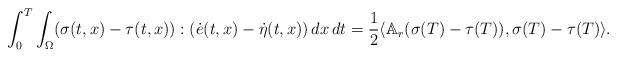
LaTeX: \begin{align*}\int_0^T \int_\Omega (\sigma(t,x)-\tau(t,x)): (\dot{e}(t,x)-\dot{\eta}(t,x))\,dx\,dt =\frac{1}{2} \langle \mathbb{A}_r( \sigma(T)-\tau(T)), \sigma(T)-\tau(T) \rangle. \end{align*}